Burma Government Medical School reports 1923-41
Year: 1923
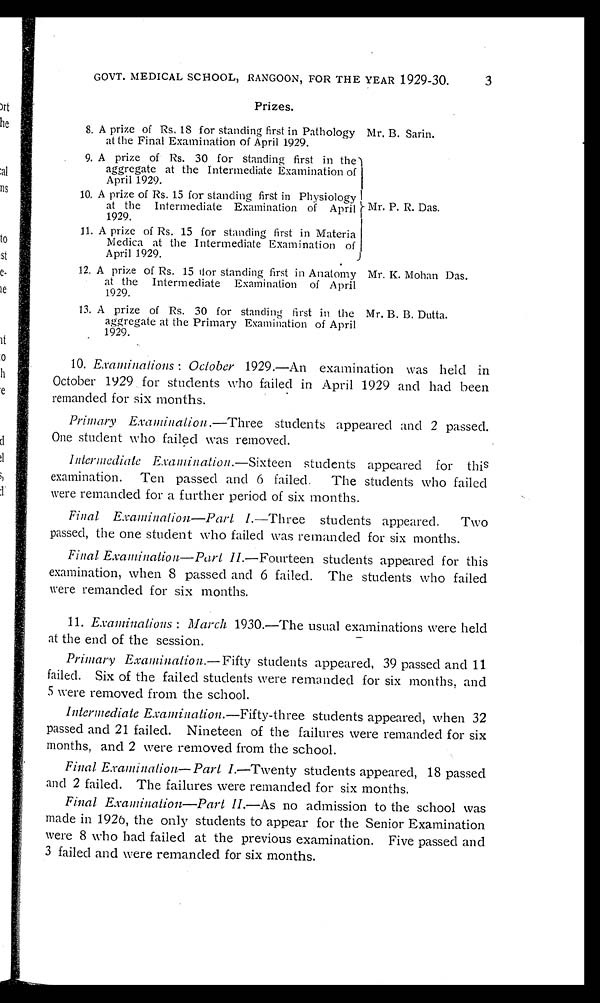
Mr. K. Mohan Das.
Mr. B. B. Dutta.
GOVT. MEDICAL SCHOOL, RANGOON, FOR THE YEAR 1929-30.
3
Prizes.
8. A prize of Rs. 18 for standing first in Pathology
at the Final Examination of April 1929.
9. A prize of Rs. 30 for standing first in the
aggregate at the Intermediate Examination of
April 1929.
10. A prize of Rs. 15 for standing first in Physiology
at the Intermediate Examination of April
1929.
11. A prize of Rs. 15 for standing first in Materia
Medica at the Intermediate Examination of
April 1929.
12. A prize of Rs. 15 for standing first in Anatomy
at the Intermediate Examination of April
1929.
13. A prize of Rs. 30 for standing first in the
aggregate at the Primary Examination of April
1929.
Mr. B. Sarin.
Mr. P. R. Das.
10. Examinations: October 1929.—An examination was held in
October 1929 for students who failed in April 1929 and had been
remanded for six months.
Primary Examination.— Three students appeared and 2 passed.
One student who failed was removed.
Intermediate Examination.— Sixteen students appeared for this
examination. Ten passed and 6 failed. The students who failed
were remanded for a further period of six months.
Final Examination—Part I .—Three students appeared. Two
passed, the one student who failed was remanded for six months.
Final Examination—Part II .—Fourteen students appeared for this
examination, when 8 passed and 6 failed. The students who failed
were remanded for six months.
11. Examinations : March 1930.—The usual examinations were held
at the end of the session.
Primary Examination.— Fifty students appeared, 39 passed and 11
failed. Six of the failed students were remanded for six months, and
5 were removed from the school.
Intermediate Examination.— Fifty-three students appeared, when 32
passed and 21 failed. Nineteen of the failures were remanded for six
months, and 2 were removed from the school.
Final Examination—Part I .—Twenty students appeared, 18 passed
and 2 failed. The failures were remanded for six months.
Final Examination—Part II.—As no admission to the school was
made in 1926, the only students to appear for the Senior Examination
were 8 who had failed at the previous examination. Five passed and
3 failed and were remanded for six months.